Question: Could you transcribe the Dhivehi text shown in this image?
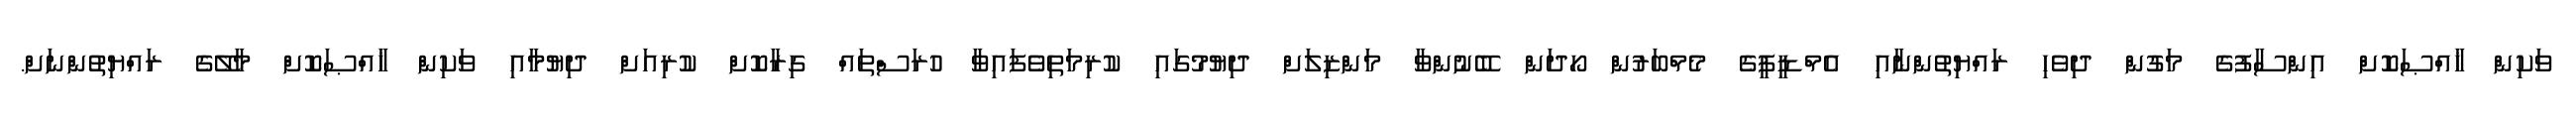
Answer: ވަކިން ޚާއްޞަކޮށް އިންސާފުގެ މަގުން ދިވެހި ރައްޔިތުންނާއި އެމްޑީޕީގެ މެމްބަރުން ހޯދަން ބޭނުންވާ މަންޒިލަށް ދިޔުމުގައި ކުރިމަތިވެފައިވާ ހުރަސްތައް ގިރާކޮށް ކުރިއަށް ދިޔުމާއި ވަކިން ޚާއްޞަކޮށް މާލޭގެ ރައްޔިތުންނަށް.